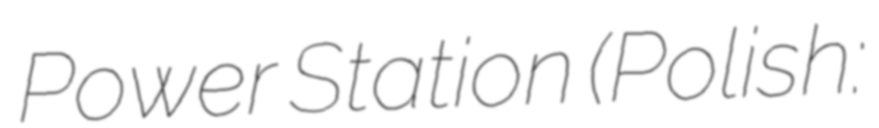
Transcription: Power Station (Polish: